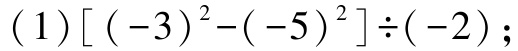
$(1)[(-3)^{2}-(-5)^{2}]\div(-2);$